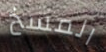
المسخ